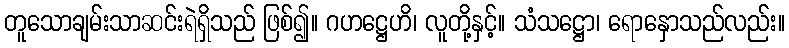
တူသောချမ်းသာဆင်းရဲရှိသည် ဖြစ်၍။ ဂဟဋ္ဌေဟိ၊ လူတို့နှင့်။ သံသဋ္ဌော၊ ရောနှောသည်လည်း။